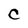
Character: C